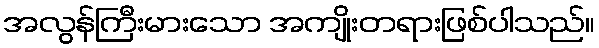
အလွန်ကြီးမားသော အကျိုးတရားဖြစ်ပါသည်။